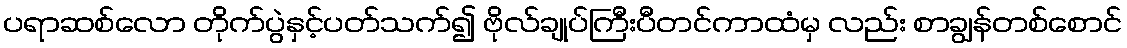
ပရာဆစ်လော တိုက်ပွဲနှင့်ပတ်သက်၍ ဗိုလ်ချုပ်ကြီးပီတင်ကာထံမှ လည်း စာချွန်တစ်စောင်